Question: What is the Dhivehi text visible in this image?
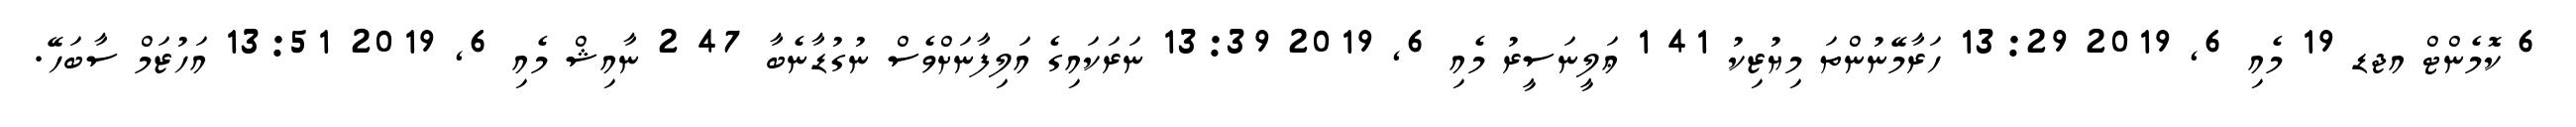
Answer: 6 ކޮމެންޓް އޖޑ 19 މެއި 6, 2019 13:29 ހަރާމޭނުންތަ މިޔުޒިކު 41 1 ޢަލީނަސީރު މެއި 6, 2019 13:39 ނަރަކައިގެ އަލިފާނަށްވެސް ނުގުޑާނެބާ 47 2 ނާއިޝް މެއި 6, 2019 13:51 އަހުޒަމް ސާބަހޭ.